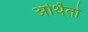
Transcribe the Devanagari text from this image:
अर्थितो